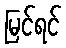
မြင်ရင်